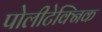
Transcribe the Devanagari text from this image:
पोलीटेक्निक